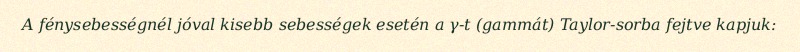
A fénysebességnél jóval kisebb sebességek esetén a γ-t (gammát) Taylor-sorba fejtve kapjuk: